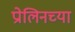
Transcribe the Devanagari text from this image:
प्रोलिनच्या